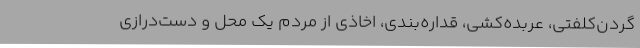
گردن‌کلفتی، عربده‌کشی، قداره‌بندی، اخاذی از مردم یک محل و دست‌درازی